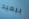
ببعيد